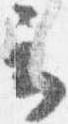
云